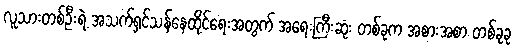
လူသားတစ်ဦးရဲ့ အသက်ရှင်သန်နေထိုင်ရေးအတွက် အရေးကြီးဆုံး တစ်ခုက အစားအစာ တစ်ခုခု